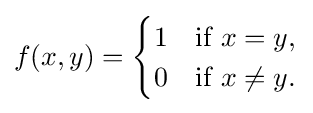
f(x,y)={\begin{cases}1&{\text{if }}x=y,\\0&{\text{if }}x\neq y.\\\end{cases}}